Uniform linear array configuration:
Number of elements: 16
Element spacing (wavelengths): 1
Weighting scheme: hann
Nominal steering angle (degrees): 45
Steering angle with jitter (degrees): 43.633
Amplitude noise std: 0.05
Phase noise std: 0.05

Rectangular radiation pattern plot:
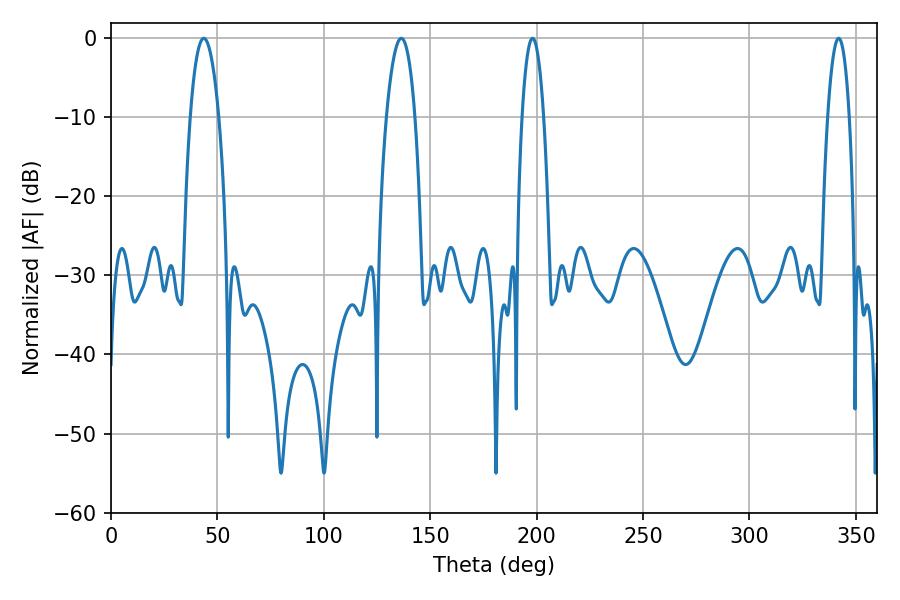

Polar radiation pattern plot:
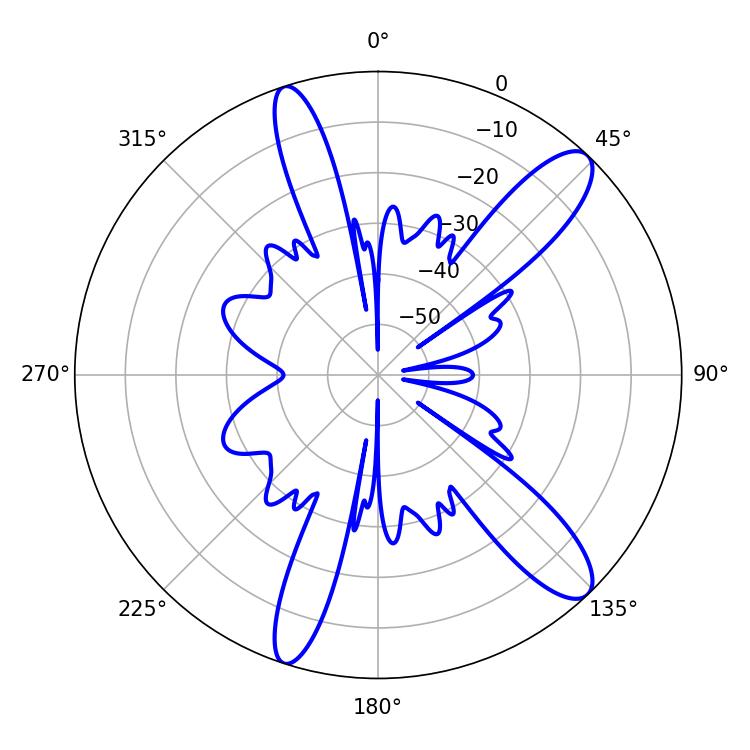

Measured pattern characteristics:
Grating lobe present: TRUE
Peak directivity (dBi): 12.021
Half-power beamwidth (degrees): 7.56
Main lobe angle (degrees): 43.56